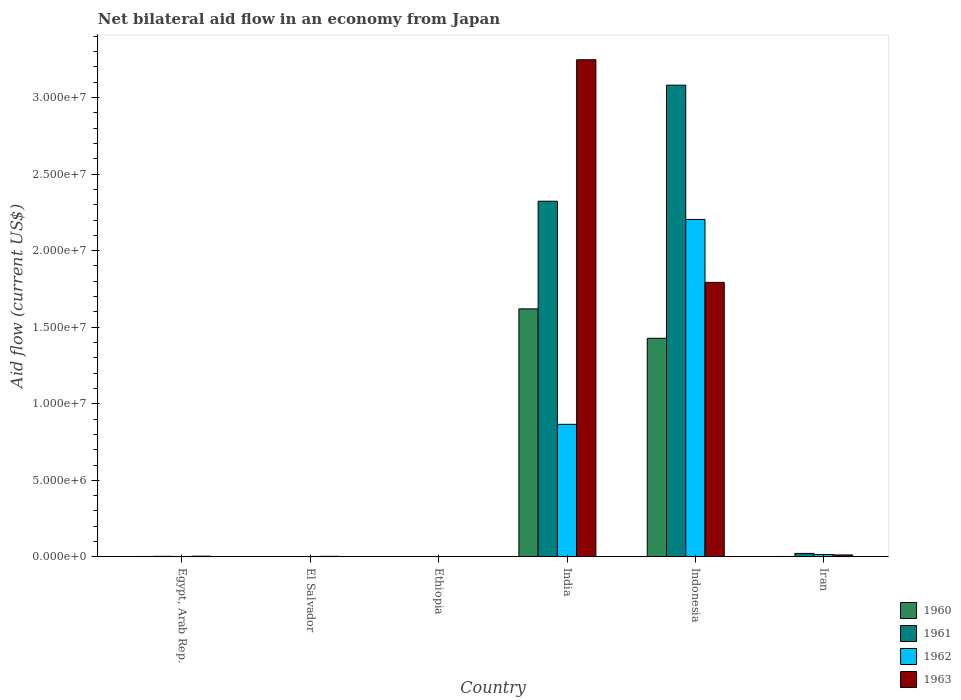
| Country | 1960 | 1961 | 1962 | 1963 |
 | --- | --- | --- | --- | --- |
 | Egypt, Arab Rep. | 3e+04 | 4e+04 | 3e+04 | 5e+04 |
 | El Salvador | 1e+04 | 1e+04 | 3e+04 | 4e+04 |
 | Ethiopia | 1e+04 | 1e+04 | 1e+04 | 1e+04 |
 | India | 1.62e+07 | 2.32e+07 | 8.66e+06 | 3.25e+07 |
 | Indonesia | 1.43e+07 | 3.08e+07 | 2.2e+07 | 1.79e+07 |
 | Iran | 3e+04 | 2.3e+05 | 1.6e+05 | 1.3e+05 |